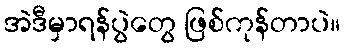
အဲဒီမှာရန်ပွဲတွေ ဖြစ်ကုန်တာပဲ။